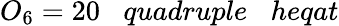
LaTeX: O_{6}=20\; \; \; quadruple\; \; \; heqat